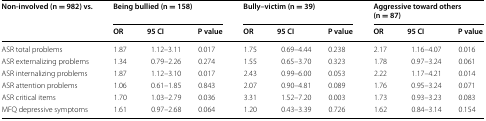
<table><thead><tr><td rowspan="2"><b>Non-involved (n = 982) vs.</b></td><td colspan="3"><b>Being bullied (n = 158)</b></td><td colspan="3"><b>Bully–victim (n = 39)</b></td><td colspan="3"><b>Aggressive toward others (n = 87)</b></td></tr><tr><td><b>OR</b></td><td><b>95 CI</b></td><td><b>P value</b></td><td><b>OR</b></td><td><b>95 CI</b></td><td><b>P value</b></td><td><b>OR</b></td><td><b>95 CI</b></td><td><b>P value</b></td></tr></thead><tbody><tr><td>ASR total problems</td><td>1.87</td><td>1.12–3.11</td><td>0.017</td><td>1.75</td><td>0.69–4.44</td><td>0.238</td><td>2.17</td><td>1.16–4.07</td><td>0.016</td></tr><tr><td>ASR externalizing problems</td><td>1.34</td><td>0.79–2.26</td><td>0.274</td><td>1.55</td><td>0.65–3.70</td><td>0.323</td><td>1.78</td><td>0.97–3.24</td><td>0.061</td></tr><tr><td>ASR internalizing problems</td><td>1.87</td><td>1.12–3.10</td><td>0.017</td><td>2.43</td><td>0.99–6.00</td><td>0.053</td><td>2.22</td><td>1.17–4.21</td><td>0.014</td></tr><tr><td>ASR attention problems</td><td>1.06</td><td>0.61–1.85</td><td>0.843</td><td>2.07</td><td>0.90–4.81</td><td>0.089</td><td>1.76</td><td>0.95–3.24</td><td>0.071</td></tr><tr><td>ASR critical items</td><td>1.70</td><td>1.03–2.79</td><td>0.036</td><td>3.31</td><td>1.52–7.20</td><td>0.003</td><td>1.73</td><td>0.93–3.23</td><td>0.083</td></tr><tr><td>MFQ depressive symptoms</td><td>1.61</td><td>0.97–2.68</td><td>0.064</td><td>1.20</td><td>0.43–3.39</td><td>0.726</td><td>1.62</td><td>0.84–3.14</td><td>0.154</td></tr></tbody></table>